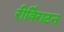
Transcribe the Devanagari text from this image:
रीविंगटन